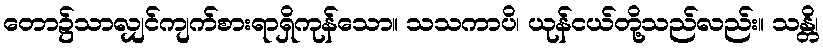
တော၌သာလျှင်ကျက်စားရာရှိကုန်သော။ သသကာပိ၊ ယုန်ငယ်တို့သည်လည်း။ သန္တိ၊